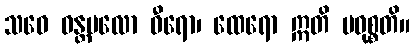
သဝေ ဝန္တမလော ဓီရော၊ ထေရော ဣတိ ပဝုစ္စတိ။